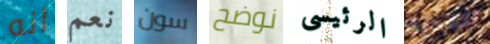
انه نعم سون نوضح الرئيسى الفدية